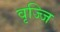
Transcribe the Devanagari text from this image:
वृज्जि